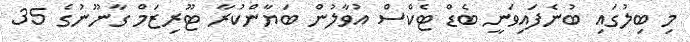
މި ބިލުގައި ބުނެފައިވަނީ ބެޑް ޓެކްސް އުވާލުން ބަޔާންކުރާ ޓޫރިޒަމް ގާނޫނުގެ 35